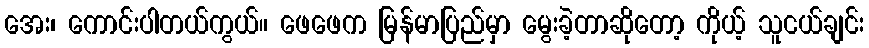
အေး၊ ကောင်းပါတယ်ကွယ်။ ဖေဖေက မြန်မာပြည်မှာ မွေးခဲ့တာဆိုတော့ ကိုယ့် သူငယ်ချင်း